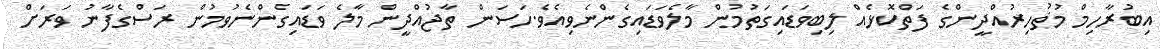
އިބުރާހިމް މުޡުހިރުއްދީންގެ ފަތްކޮޅެއް ލިބިވަޑައިގަތުމުން މާލެވަޑައިގެންނެވިއެވެ.ހަސަން ތާޖުއްދީން މާލެ ވަޑައިގެންނެވުމުން ރަސްގެފާނު ވަރަށް